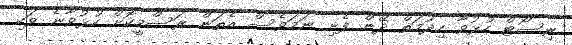
ރިސޯޓް ހުޅުވާ ހިދުމަތް ދޭން ފެށި ނަމަވެސް އެތަން ރަސްމީކޮށް ހުޅުވާނެ ވަކި